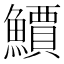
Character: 𫠎